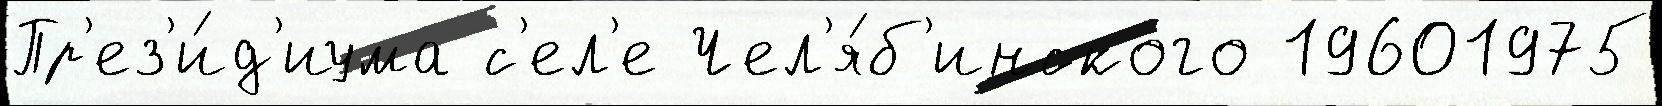
Пр'ез'и́д'иума с'ел'е Чел'я́б'инского 19601975